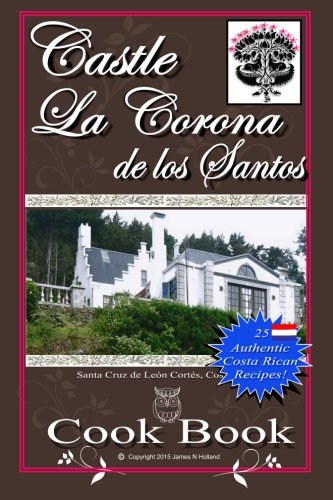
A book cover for Castle La Corona de los Santos Cookbook: Authentic Costa Rican Recipes of the Mountains and More!; James Nathaniel Holland; Cookbooks, Food & Wine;